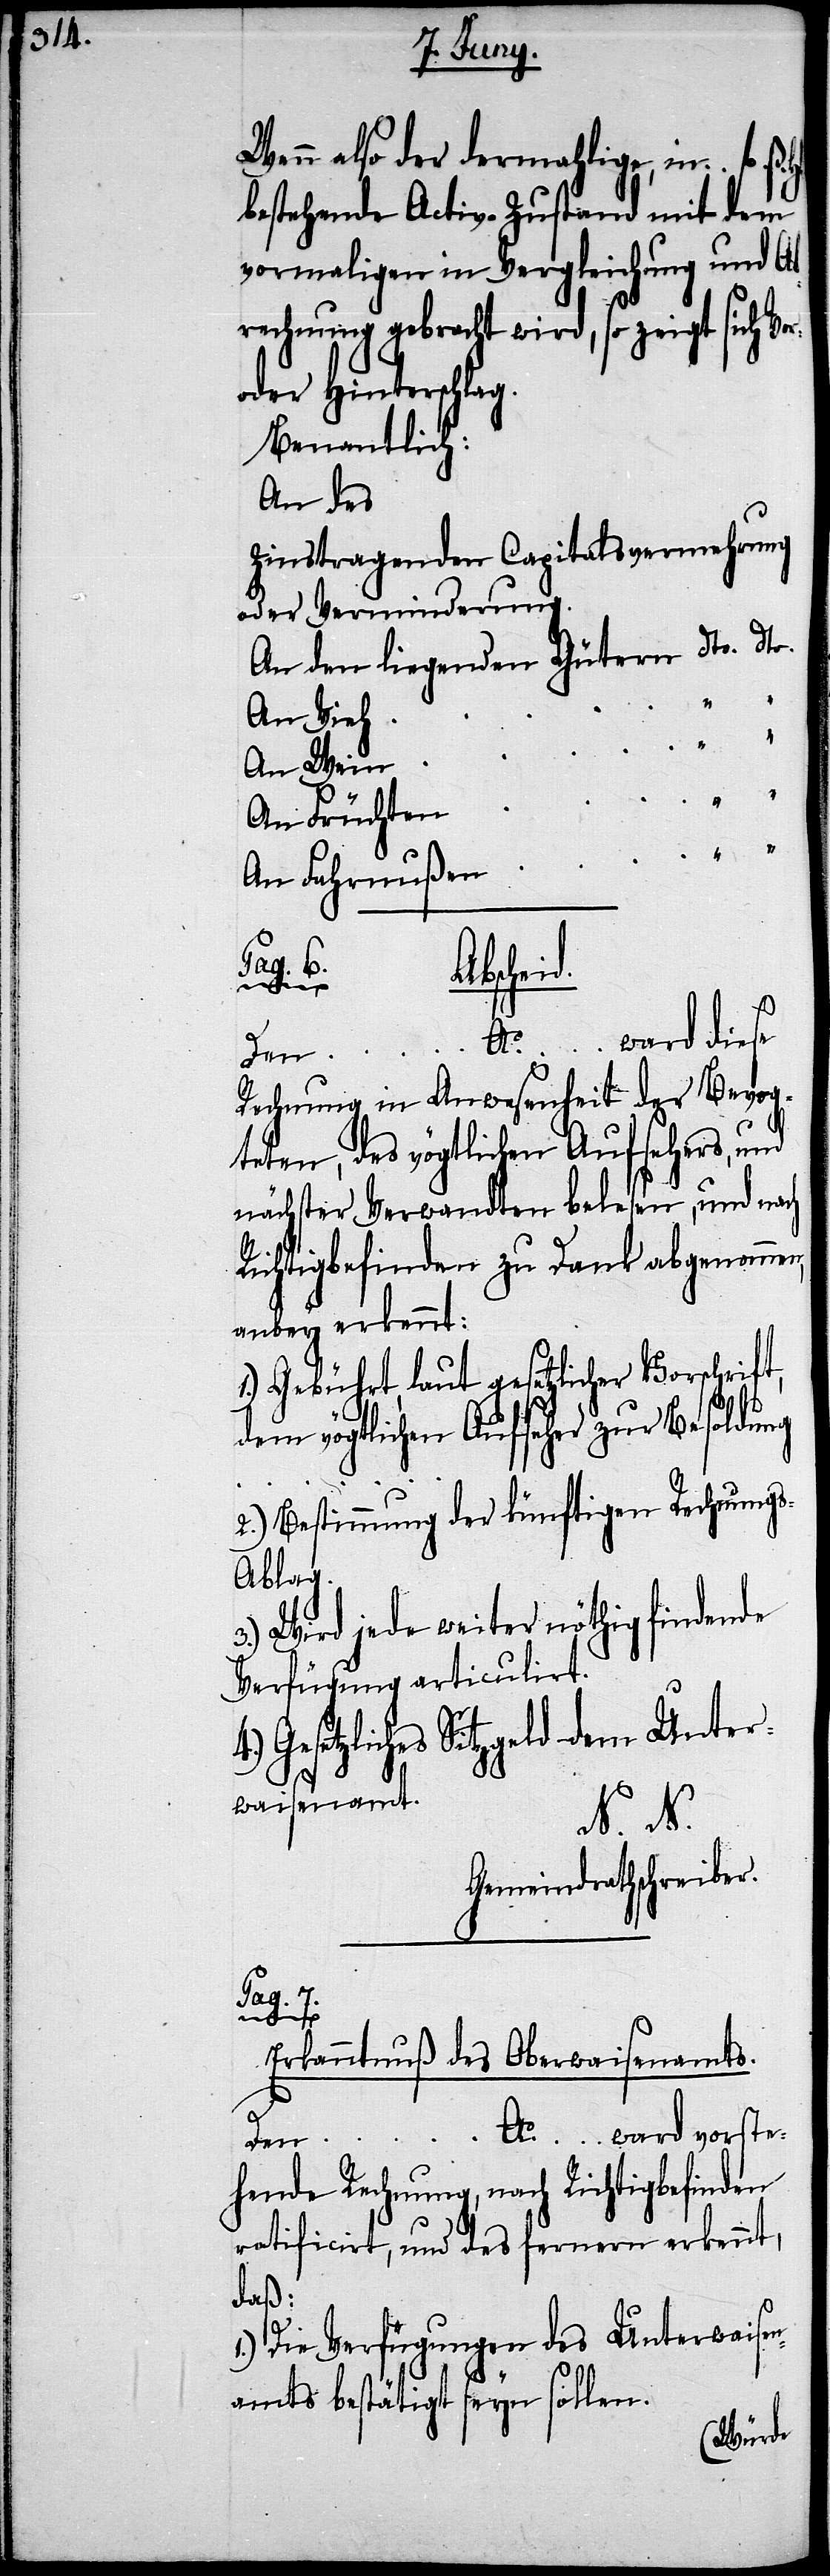
Wenn also der dermahlige, in fl. ß.
bestehende Activ-Zustand mit dem
vormaligen in Vergleichung und Ab¬
rechnung gebracht wird, so zeigt sich Vor-
oder Hinterschlag.
Benantlich:
An des
Zinstragenden Capitalsvermehrung
oder Verminderung.
An den liegenden Gütern dto. dto.
An Vieh
An Wein
An Früchten
An Fahrnußen
Pag. 6.
Abscheid.
Den … Ao. … ward diese
Rechnung in Anwesenheit der Bevog¬
teten, des vögtlichen Aufsehers, und
nächster Verwandten belesen, und nach
Richtigbefinden zu Dank abgenommen,
anbey erkennt:
Gebührt, laut gesetzlicher Vorschrift,
dem vögtlichen Aufseher zur Besoldung
2.) Bestimmung der künftigen Rechnung¬
3.) Wird jede weiter nöthig findende
Verfügung articulirt.
Gesetzliches Sitzgeld dem Unter¬
waisenamt.
N. N.
Gemeindrathschreiber.
Pag. 7.
Erkanntnuß des Oberwaisenamts.
Ao. … ward vorste¬
Den …
hende Rechnung, nach Richtigbefinden
ratificirt, und des fernern erkennt,
daß:
1.) Die Verfügungen des Unterwaisen¬
amts bestätigt seyn sollen.